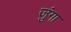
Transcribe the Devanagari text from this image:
जुंगा